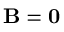
\mathbf { B } = \mathbf { 0 }